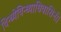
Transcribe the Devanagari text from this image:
विन्ध्येविन्ध्याधिवासिनी।